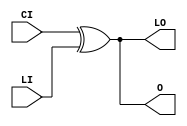
// $Header: /devl/xcs/repo/env/Databases/CAEInterfaces/verunilibs/data/unisims/XORCY_D.v,v 1.5.158.1 2007/03/09 18:13:21 patrickp Exp $
///////////////////////////////////////////////////////////////////////////////
// Copyright (c) 1995/2004 Xilinx, Inc.
// All Right Reserved.
///////////////////////////////////////////////////////////////////////////////
//   ____  ____
//  /   /\/   /
// /___/  \  /    Vendor : Xilinx
// \   \   \/     Version : 8.1i (I.13)
//  \   \         Description : Xilinx Functional Simulation Library Component
//  /   /                  XOR for Carry Logic with Dual Output
// /___/   /\     Filename : XORCY_D.v
// \   \  /  \    Timestamp : Thu Mar 25 16:43:42 PST 2004
//  \___\/\___\
//
// Revision:
//    03/23/04 - Initial version.
// End Revision

`timescale  100 ps / 10 ps


module XORCY_D (LO, O, CI, LI);

    output LO, O;

    input  CI, LI;

	xor X1 (O, CI, LI);
	xor X2 (LO, CI, LI);


endmodule